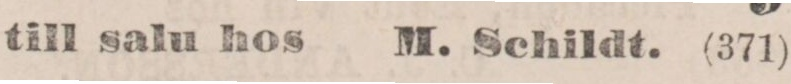
till ſalu hos    M. Schildt. (371)